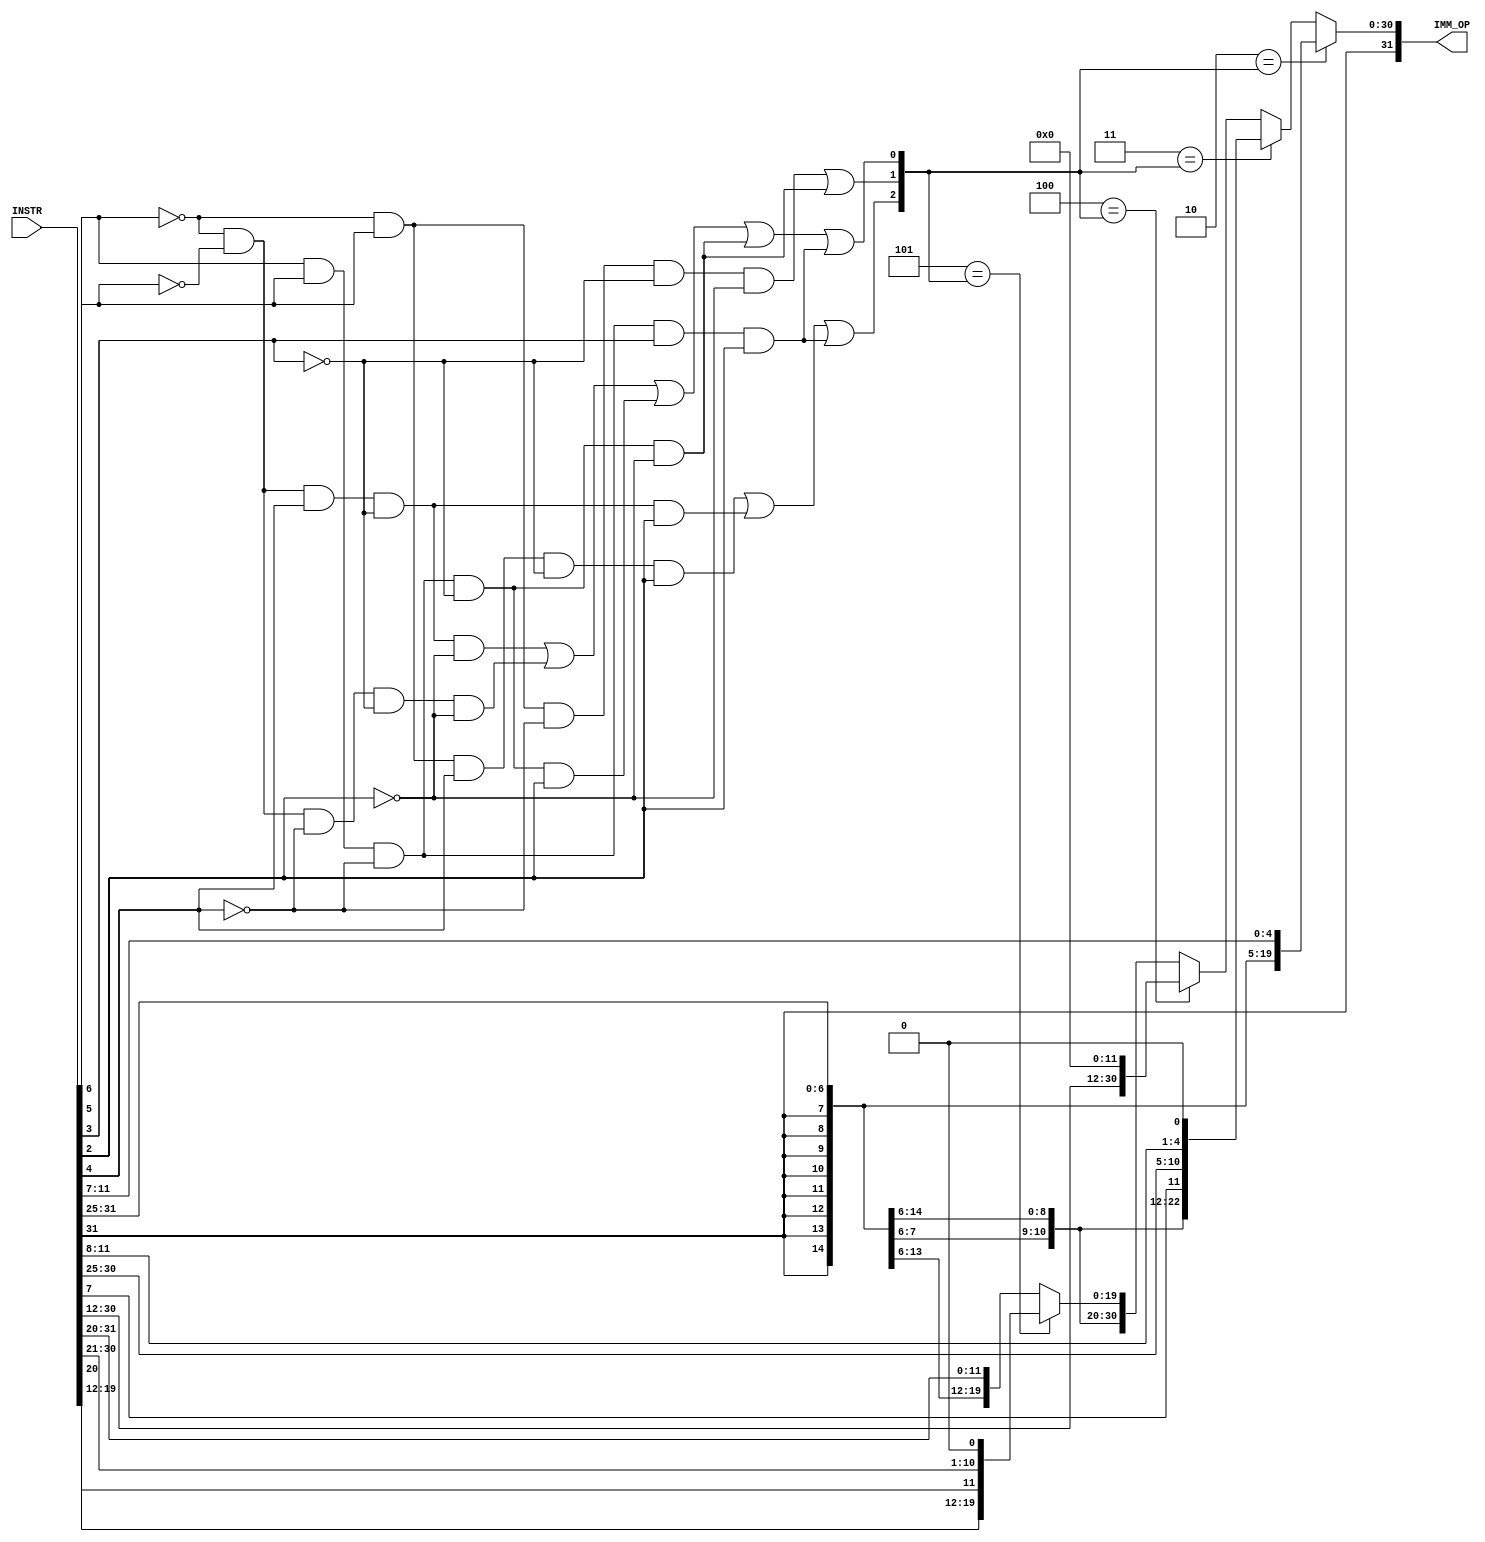
`timescale 1ns / 1ps
// Implemented instructions opcodes

`define NOP_INSTR           32'b000000000000_00000_000_00000_0010011
//10010011
//`define OPCODE_OP           5'b01100 //0B
//`define OPCODE_OP_IMM       5'b00100 //04 I
//`define OPCODE_LOAD         5'b00000 //00 I
//`define OPCODE_STORE        5'b01000 //08 S
//`define OPCODE_BRANCH       5'b11000 //18 B
//`define OPCODE_JAL          5'b11011 //1C J
//`define OPCODE_JALR         5'b11001 //19 I
//`define OPCODE_LUI          5'b01101 //0D U
//`define OPCODE_AUIPC        5'b00101 //05 U
//`define OPCODE_MISC_MEM     5'b00011 //03 
//`define OPCODE_SYSTEM       5'b11100 //1c I

// immediate format selection

//`define R_TYPE              3'b000 //0
`define I_TYPE              3'b001 //1
`define S_TYPE              3'b010 //2
`define B_TYPE              3'b011 //3
`define U_TYPE              3'b100 //4
`define J_TYPE              3'b101 //5
//`define CSR_TYPE            3'b110 //6
//////////////////////////////////////////////////////////////////////////////////
// Company: 
// Engineer: 
// 
// Design Name: 
// Module Name: IMM_OP
// Project Name: 
// Target Devices: 
// Tool Versions: 
// Description: 
// 
// Dependencies: 
// 
// Revision:
// Revision 0.01 - File Created
// Additional Comments:
// 
//////////////////////////////////////////////////////////////////////////////////


`timescale 1ns / 1ps
//`include "GLOBALS.v"

module IMM_OP (
    
    input  [31:0] INSTR,
    output [31:0] IMM_OP
    
    );
    
    wire [31:0] i_type;
    wire [31:0] s_type;
    wire [31:0] b_type;
    wire [31:0] u_type;
    wire [31:0] j_type;
    wire [31:0] csr_type;
    
    wire is_branch;
    wire is_jal;
    wire is_jalr;
    wire is_auipc;
    wire is_lui;
    wire is_load;
    wire is_store;
    wire is_system;
    //wire is_csr;
    wire is_op;
    wire is_op_imm;
    
    wire [2:0] IMM_TYPE;
    
    assign is_branch = INSTR[6] & INSTR[5] & ~INSTR[4] & ~INSTR[3] & ~INSTR[2];
    assign is_jal = INSTR[6] & INSTR[5] & ~INSTR[4] & INSTR[3] & INSTR[2];
    assign is_jalr = INSTR[6] & INSTR[5] & ~INSTR[4] & ~INSTR[3] & INSTR[2];
    assign is_auipc = ~INSTR[6] & ~INSTR[5] & INSTR[4] & ~INSTR[3] & INSTR[2];
    assign is_lui = ~INSTR[6] & INSTR[5] & INSTR[4] & ~INSTR[3] & INSTR[2];
    assign is_op = ~INSTR[6] & INSTR[5] & INSTR[4] & ~INSTR[3] & ~INSTR[2];
    assign is_op_imm = ~INSTR[6] & ~INSTR[5] & INSTR[4] & ~INSTR[3] & ~INSTR[2];
    
    assign is_load = ~INSTR[6] & ~INSTR[5] & ~INSTR[4] & ~INSTR[3] & ~INSTR[2];
    assign is_store = ~INSTR[6] & INSTR[5] & ~INSTR[4] & ~INSTR[3] & ~INSTR[2];
    //assign is_system = INSTR[6] & INSTR[5] & INSTR[4] & ~INSTR[3] & ~INSTR[2];
    //assign is_misc_mem = ~INSTR[6] & ~INSTR[5] & ~INSTR[4] & INSTR[3] & INSTR[2];
    
    
    //assign IMM_TYPE[1] =  | is_csr;
    //assign IMM_TYPE[2] = is_lui | is_auipc | is_jal | is_csr;
    
    assign i_type = { {20{INSTR[31]}}, INSTR[31:20] };
    assign s_type = { {20{INSTR[31]}}, INSTR[31:25], INSTR[11:7] };
    assign b_type = { {19{INSTR[31]}}, INSTR[31], INSTR[7], INSTR[30:25], INSTR[11:8], 1'b0 };
    assign u_type = { INSTR[31:12], 12'h000 };
    assign j_type = { {11{INSTR[31]}}, INSTR[31], INSTR[19:12], INSTR[20], INSTR[30:21], 1'b0 };
    assign csr_type = { 27'b0, INSTR[19:15] };
    
    assign IMM_TYPE = {is_lui | is_auipc | is_jal , is_store | is_branch , is_op_imm | is_load | is_jalr | is_branch | is_jal } ;
    
//    always @(*)
//    begin
//    IMM_OP=0;
//    #10;
       
//       case (IMM_TYPE)
//            3'b000: IMM_OP = i_type; 
//           `I_TYPE: IMM_OP = i_type;
//           `S_TYPE: IMM_OP = s_type;
//           `B_TYPE: IMM_OP = b_type;
//           `U_TYPE: IMM_OP = u_type;
//           `J_TYPE: IMM_OP = j_type;
//           `CSR_TYPE: IMM_OP = csr_type;
//           3'b111: IMM_OP = i_type;
//       endcase
//       IMM_OP=1; 
//    end
    


assign IMM_OP = `S_TYPE == IMM_TYPE ? s_type :
                `B_TYPE == IMM_TYPE ? b_type :
                `U_TYPE == IMM_TYPE ? u_type :
                `J_TYPE == IMM_TYPE ? j_type : 
                //`R_TYPE == IMM_TYPE ? r_type : //R_type just returns I_type which is default
                i_type ; // i_type is default, no error checking...     
endmodule